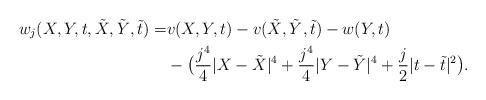
LaTeX: \begin{align*} w_j(X,Y,t,\tilde X, \tilde Y,\tilde t) =& v(X,Y,t) - v(\tilde X, \tilde Y, \tilde t) - w(Y,t)\\ &- \bigl(\frac {j^4}{4}|X-\tilde X|^4+\frac {j^4}{4}|Y-\tilde Y|^4+\frac j2|t-\tilde t|^2\bigr ).\end{align*}